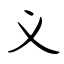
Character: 义